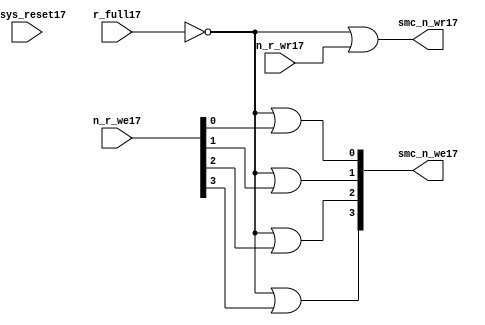
//File17 name   : smc_wr_enable_lite17.v
//Title17       : 
//Created17     : 1999
//Description17 : 
//Notes17       : 
//----------------------------------------------------------------------
//   Copyright17 1999-2010 Cadence17 Design17 Systems17, Inc17.
//   All Rights17 Reserved17 Worldwide17
//
//   Licensed17 under the Apache17 License17, Version17 2.0 (the
//   "License17"); you may not use this file except17 in
//   compliance17 with the License17.  You may obtain17 a copy of
//   the License17 at
//
//       http17://www17.apache17.org17/licenses17/LICENSE17-2.0
//
//   Unless17 required17 by applicable17 law17 or agreed17 to in
//   writing, software17 distributed17 under the License17 is
//   distributed17 on an "AS17 IS17" BASIS17, WITHOUT17 WARRANTIES17 OR17
//   CONDITIONS17 OF17 ANY17 KIND17, either17 express17 or implied17.  See
//   the License17 for the specific17 language17 governing17
//   permissions17 and limitations17 under the License17.
//----------------------------------------------------------------------


  module smc_wr_enable_lite17 (

                      //inputs17                      

                      n_sys_reset17,
                      r_full17,
                      n_r_we17,
                      n_r_wr17,

                      //outputs17

                      smc_n_we17,
                      smc_n_wr17);

//I17/O17
   
   input             n_sys_reset17;   //system reset
   input             r_full17;    // Full cycle write strobe17
   input [3:0]       n_r_we17;    //write enable from smc_strobe17
   input             n_r_wr17;    //write strobe17 from smc_strobe17
   output [3:0]      smc_n_we17;  // write enable (active low17)
   output            smc_n_wr17;  // write strobe17 (active low17)
   
   
//output reg declaration17.
   
   reg [3:0]          smc_n_we17;
   reg                smc_n_wr17;

//----------------------------------------------------------------------
// negedge strobes17 with clock17.
//----------------------------------------------------------------------
      

//----------------------------------------------------------------------
      
//--------------------------------------------------------------------
// Gate17 Write strobes17 with clock17.
//--------------------------------------------------------------------

  always @(r_full17 or n_r_we17)
  
  begin
  
     smc_n_we17[0] = ((~r_full17  ) | n_r_we17[0] );

     smc_n_we17[1] = ((~r_full17  ) | n_r_we17[1] );

     smc_n_we17[2] = ((~r_full17  ) | n_r_we17[2] );

     smc_n_we17[3] = ((~r_full17  ) | n_r_we17[3] );

  
  end

//--------------------------------------------------------------------   
//write strobe17 generation17
//--------------------------------------------------------------------   

  always @(n_r_wr17 or r_full17 )
  
     begin
  
        smc_n_wr17 = ((~r_full17 ) | n_r_wr17 );
       
     end

endmodule // smc_wr_enable17